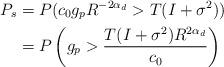
LaTeX: \begin{align*}P_s &= P(c_0 g_p R^{-2 \alpha_d}>T(I+\sigma^2)) \\&= P \left(g_p > \frac{T(I+\sigma^2) R^{2 \alpha_d}}{c_0} \right)\end{align*}